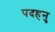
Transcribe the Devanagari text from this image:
पदहनु